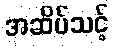
အဆိပ်သင့်